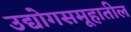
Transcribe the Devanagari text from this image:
उद्योगसमूहातील